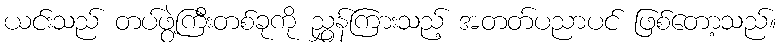
ယင်းသည် တပ်ဖွဲ့ကြီးတစ်ခုကို ညွှန်ကြားသည့် အတတ်ပညာပင် ဖြစ်တော့သည်။